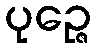
ပုဉ္ဇေ